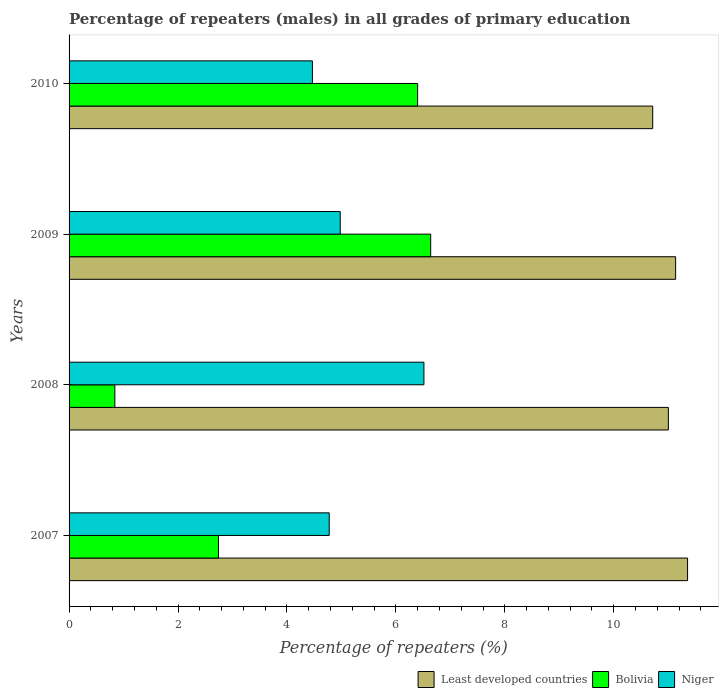
| Years | Least developed countries | Bolivia | Niger |
 | --- | --- | --- | --- |
 | 2007 | 11.4 | 2.74 | 4.78 |
 | 2008 | 11 | 0.841 | 6.51 |
 | 2009 | 11.1 | 6.64 | 4.98 |
 | 2010 | 10.7 | 6.4 | 4.47 |